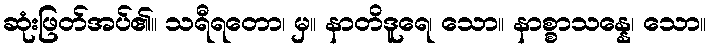
ဆုံးဖြတ်အပ်၏။ သရီရတော၊ မှ။ နာတိဒူရေ၊ သော။ နာစ္စာသန္နေ၊ သော။